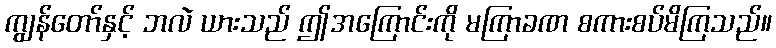
ကျွန်တော်နှင့် ဘလဲ ယားသည် ဤအကြောင်းကို မကြာခဏ စကားစပ်မိကြသည်။